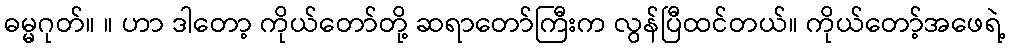
ဓမ္မဂုတ်။ ။ ဟာ ဒါတော့ ကိုယ်တော်တို့ ဆရာတော်ကြီးက လွန်ပြီထင်တယ်။ ကိုယ်တော့်အဖေရဲ့